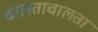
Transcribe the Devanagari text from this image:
चालताचालता